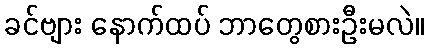
ခင်ဗျား နောက်ထပ် ဘာတွေစားဦးမလဲ။